Vaccination in the Punjab 1919-1929 - 1919-1929
Year: 1919
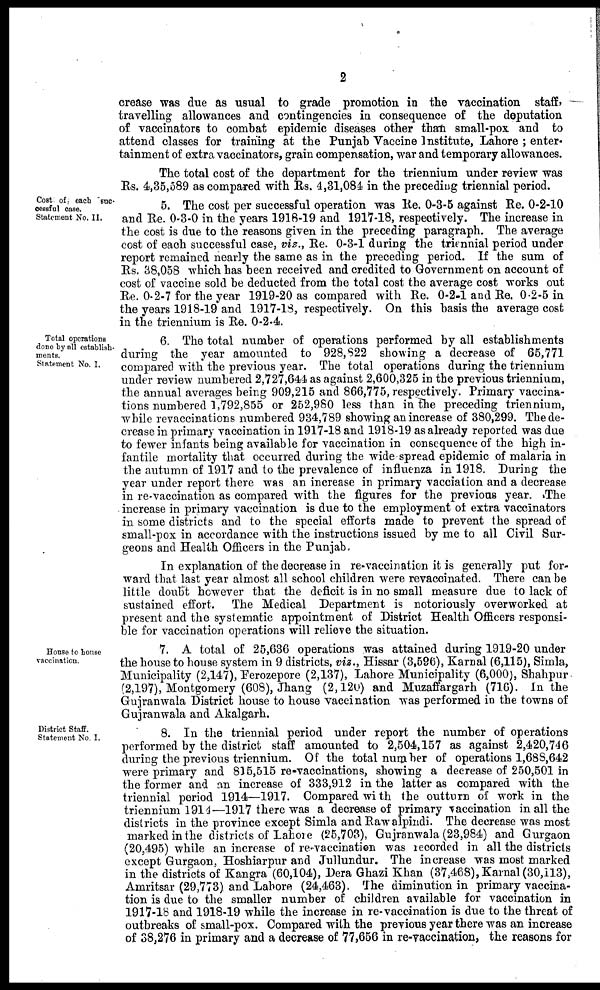
2
crease was due as usual to grade promotion in the vaccination staff,
travelling allowances and contingencies in consequence of the deputation
of vaccinators to combat epidemic diseases other than small-pox and to
attend classes for training at the Punjab Vaccine Institute, Lahore ; enter-
tainment of extra vaccinators, grain compensation, war and temporary allowances.
The total cost of the department for the triennium under review was
Rs. 4,35,589 as compared with Rs. 4,31,084 in the preceding triennial period.
Cost of each suc-
cessful case.
Statement No. II.
5. The cost per successful operation was Re. 0-3-5 against Re. 0-2-10
and Re. 0-3-0 in the years 1918-19 and 1917-18, respectively. The increase in
the cost is due to the reasons given in the preceding paragraph. The average
cost of each successful case, viz., Re. 0-3-1 during the triennial period under
report remained nearly the same as in the preceding period. If the sum of
Rs. 38,058 which has been received and credited to Government on account of
cost of vaccine sold be deducted from the total cost the average cost works out
Re. 0-2-7 for the year 1919-20 as compared with Re. 0-2-1 and Re. 0-2-5 in
the years 1918-19 and 1917-18, respectively. On this basis the average cost
in the triennium is Re. 0-2-4.
Total operations
done by all establish-
ments.
Statement No. I.
6. The total number of operations performed by all establishments
during the year amounted to 928,822 showing a decrease of 65,771
compared with the previous year. The total operations during the triennium
under review numbered 2,727,644 as against 2,600,325 in the previous triennium,
the annual averages being 909,215 and 866,775, respectively. Primary vaccina-
tions numbered 1,792,855 or 252,980 less than in the preceding triennium,
while revaccinations numbered 934,789 showing an increase of 380,299. The de-
crease in primary vaccination in 1917-18 and 1918-19 as already reported was due
to fewer infants being available for vaccination in consequence of the high in-
fantile mortality that occurred during the wide spread epidemic of malaria in
the autumn of 1917 and to the prevalence of influenza in 1918. During the
year under report there was an increase in primary vacciation and a decrease
in re-vaccination as compared with the figures for the previous year. The
increase in primary vaccination is due to the employment of extra vaccinators
in some districts and to the special efforts made to prevent the spread of
small-pox in accordance with the instructions issued by me to all Civil Sur-
geons and Health Officers in the Punjab.
In explanation of the decrease in re-vaccination it is generally put for-
ward that last year almost all school children were revaccinated. There can be
little doubt however that the deficit is in no small measure due to lack of
sustained effort.
The Medical Department is notoriously overworked at
present and the systematic appointment of District Health Officers responsi-
ble for vaccination operations will relieve the situation.
House to house
vaccination.
7. A total of 25,636 operations was attained during 1919-20 under
the house to house system in 9 districts, viz., Hissar (3,596), Karnal (6,115), Simla,
Municipality (2,147), Ferozepore (2,137), Lahore Municipality (6,000), Shahpur
(2,197), Montgomery (608), Jhang (2,120) and Muzaffargarh (716). In the
Gujranwala District house to house vaccination was performed in the towns of
Gujranwala and Akalgarh.
District Staff.
Statement No, I.
8. In the triennial period under report the number of operations
performed by the district staff amounted to 2,504,157 as against 2,420,746
during the previous triennium. Of the total number of operations 1,688,642
were primary and 815,515 re-vaccinations, showing a decrease of 250,501 in
the former and an increase of 333,912 in the latter as compared with the
triennial period 1914—1917. Compared with the outturn of work in the
triennium 1914—1917 there was a decrease of primary vaccination in all the
districts in the province except Simla and Rawalpindi. The decrease was most
marked in the districts of Lahore (25,703), Gujranwala (23,984) and Gurgaon
(20,495) while an increase of re vaccination was recorded in all the districts
except Gurgaon, Hoshiarpur and Jullundur. The increase was most marked
in the districts of Kangra (60,104), Dera Ghazi Khan (37,468), Karnal (30,113),
Amritsar (29,773) and Lahore (24,463). The diminution in primary vaccina-
tion is due to the smaller number of children available for vaccination in
1917-18 and 1918-19 while the increase in re-vaccination is due to the threat of
outbreaks of small-pox. Compared with the previous year there was an increase
of 38,276 in primary and a decrease of 77,656 in re-vaccination, the reasons for